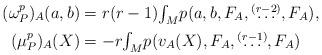
LaTeX: \begin{align*}(\omega_{P}^{p})_{A}(a,b) & =r(r-1){\textstyle\int\nolimits_{M}}p(a,b,F_{A},\overset{(r-2)}{\ldots},F_{A}),\\(\mu_{P}^{p})_{A}(X) & =-r{\textstyle\int\nolimits_{M}}p(v_{A}(X),F_{A},\overset{(r-1)}{\ldots},F_{A})\end{align*}